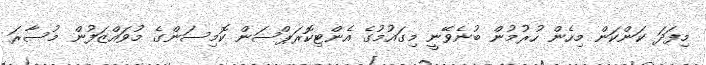
މިފަދަ ކަންކަން މިހެން ހުރުމުން ބުނެވޭނީ މިގައުމުގެ އެންޓިކޮރަޕްސަން ކޮމިސަންގެ މުވައްޒަފުން މުސާރަ